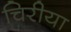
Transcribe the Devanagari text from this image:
चिरीया